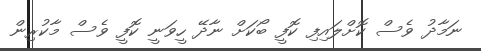
ނަމާދު ވެސް ކޮށްލައިފި ކޮފީ ބޯކަށް ނާދޭ ހީވަނީ ކޮފީ ވެސް މާކުރިން